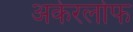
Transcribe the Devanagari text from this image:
अकेरलोफ